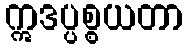
ဣဒပ္ပစ္စယတာ